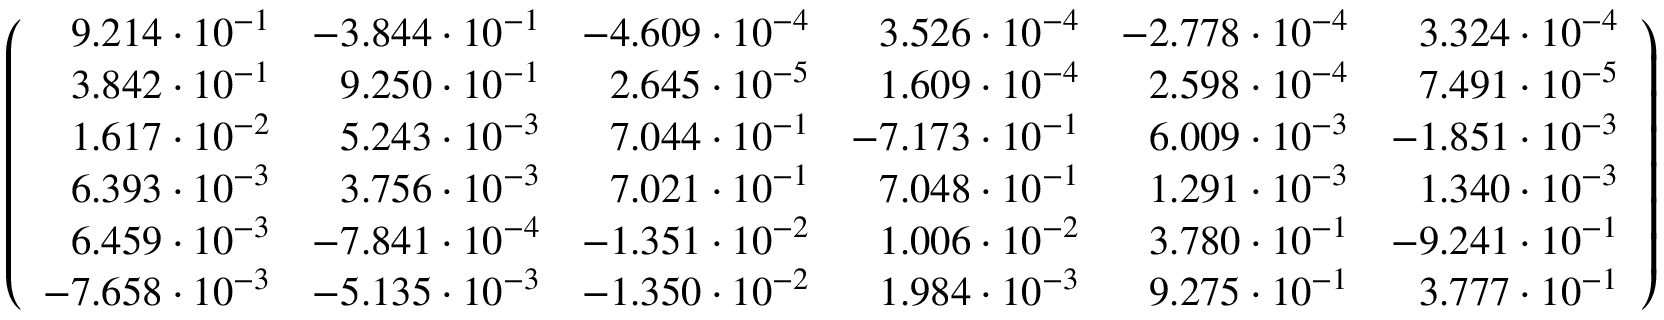
\left( \begin{array} { r r r r r r } { 9 . 2 1 4 \cdot 1 0 ^ { - 1 } } & { - 3 . 8 4 4 \cdot 1 0 ^ { - 1 } } & { - 4 . 6 0 9 \cdot 1 0 ^ { - 4 } } & { 3 . 5 2 6 \cdot 1 0 ^ { - 4 } } & { - 2 . 7 7 8 \cdot 1 0 ^ { - 4 } } & { 3 . 3 2 4 \cdot 1 0 ^ { - 4 } } \\ { 3 . 8 4 2 \cdot 1 0 ^ { - 1 } } & { 9 . 2 5 0 \cdot 1 0 ^ { - 1 } } & { 2 . 6 4 5 \cdot 1 0 ^ { - 5 } } & { 1 . 6 0 9 \cdot 1 0 ^ { - 4 } } & { 2 . 5 9 8 \cdot 1 0 ^ { - 4 } } & { 7 . 4 9 1 \cdot 1 0 ^ { - 5 } } \\ { 1 . 6 1 7 \cdot 1 0 ^ { - 2 } } & { 5 . 2 4 3 \cdot 1 0 ^ { - 3 } } & { 7 . 0 4 4 \cdot 1 0 ^ { - 1 } } & { - 7 . 1 7 3 \cdot 1 0 ^ { - 1 } } & { 6 . 0 0 9 \cdot 1 0 ^ { - 3 } } & { - 1 . 8 5 1 \cdot 1 0 ^ { - 3 } } \\ { 6 . 3 9 3 \cdot 1 0 ^ { - 3 } } & { 3 . 7 5 6 \cdot 1 0 ^ { - 3 } } & { 7 . 0 2 1 \cdot 1 0 ^ { - 1 } } & { 7 . 0 4 8 \cdot 1 0 ^ { - 1 } } & { 1 . 2 9 1 \cdot 1 0 ^ { - 3 } } & { 1 . 3 4 0 \cdot 1 0 ^ { - 3 } } \\ { 6 . 4 5 9 \cdot 1 0 ^ { - 3 } } & { - 7 . 8 4 1 \cdot 1 0 ^ { - 4 } } & { - 1 . 3 5 1 \cdot 1 0 ^ { - 2 } } & { 1 . 0 0 6 \cdot 1 0 ^ { - 2 } } & { 3 . 7 8 0 \cdot 1 0 ^ { - 1 } } & { - 9 . 2 4 1 \cdot 1 0 ^ { - 1 } } \\ { - 7 . 6 5 8 \cdot 1 0 ^ { - 3 } } & { - 5 . 1 3 5 \cdot 1 0 ^ { - 3 } } & { - 1 . 3 5 0 \cdot 1 0 ^ { - 2 } } & { 1 . 9 8 4 \cdot 1 0 ^ { - 3 } } & { 9 . 2 7 5 \cdot 1 0 ^ { - 1 } } & { 3 . 7 7 7 \cdot 1 0 ^ { - 1 } } \end{array} \right)